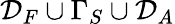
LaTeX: \mathcal{D}_{F}\cup\Gamma_{S}\cup\mathcal{D}_{A}